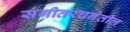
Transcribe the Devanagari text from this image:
संगीतरचनेतील